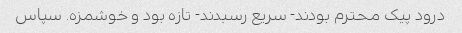
درود پیک محترم بودند- سریع رسبدند- تازه بود و خوشمزه. سپاس